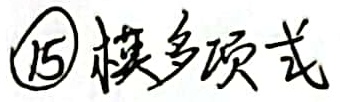
\textcircled{15} 模多项式